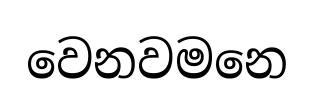
වෙනවමනෙ